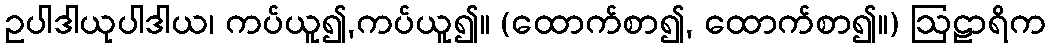
ဥပါဒါယုပါဒါယ၊ ကပ်ယူ၍,ကပ်ယူ၍။ (ထောက်စာ၍, ထောက်စာ၍။) ဩဠာရိက